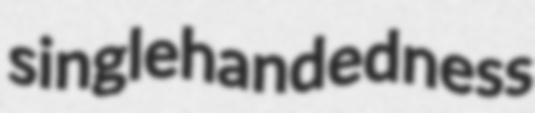
singlehandedness